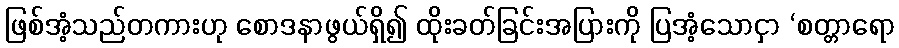
ဖြစ်အံ့သည်တကားဟု စောဒနာဖွယ်ရှိ၍ ထိုးခတ်ခြင်းအပြားကို ပြအံ့သောငှာ ‘စတ္တာရော